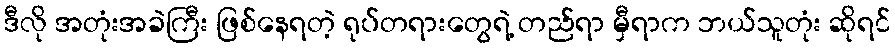
ဒီလို အတုံးအခဲကြီး ဖြစ်နေရတဲ့ ရုပ်တရားတွေရဲ့ တည်ရာ မှီရာက ဘယ်သူတုံး ဆိုရင်